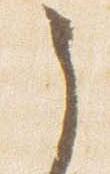
後